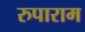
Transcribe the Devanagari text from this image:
रुपाराम